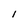
Character: I